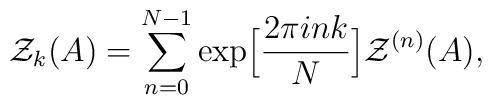
{\cal Z}_k(A)=\sum_{n=0}^{N-1}\exp\Bigl[\frac{2\pi ink}{N}\Bigr]{\cal Z}^{(n)}(A),